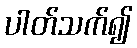
ပါတ်သက်၍